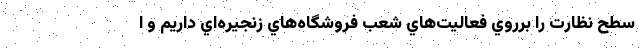
سطح نظارت را برروي فعاليت‌هاي شعب فروشگاه‌هاي زنجيره‌اي داريم و ا